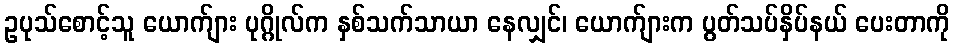
ဥပုသ်စောင့်သူ ယောက်ျား ပုဂ္ဂိုလ်က နှစ်သက်သာယာ နေလျှင်၊ ယောက်ျားက ပွတ်သပ်နှိပ်နယ် ပေးတာကို